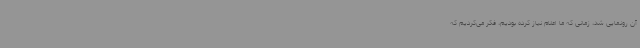
آن رونمایی شد، زمانی که ما اعلام نیاز کرده بودیم، فکر می‌کردیم که